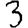
Digit: 3